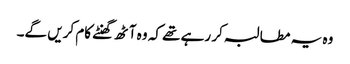
وہ یہ مطالبہ کر رہے تھے کہ وہ آٹھ گھنٹے کام کریں گے۔